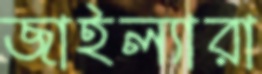
জাইল্যারা